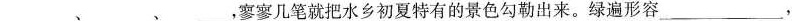
___、___、___，寥寥几笔就把水乡初夏特有的景色勾勒出来。绿遍形容___，